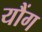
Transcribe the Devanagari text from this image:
यौंग